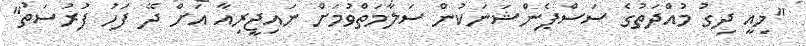
"މިއީ ދިގު މުއްދަތުގެ ސަސްޕެންޝަނަކުން ސަލާމަތްވުމަށް ނައިޖީރިއާ އަށް ދޭ ފަހު ފުރުސަތު"